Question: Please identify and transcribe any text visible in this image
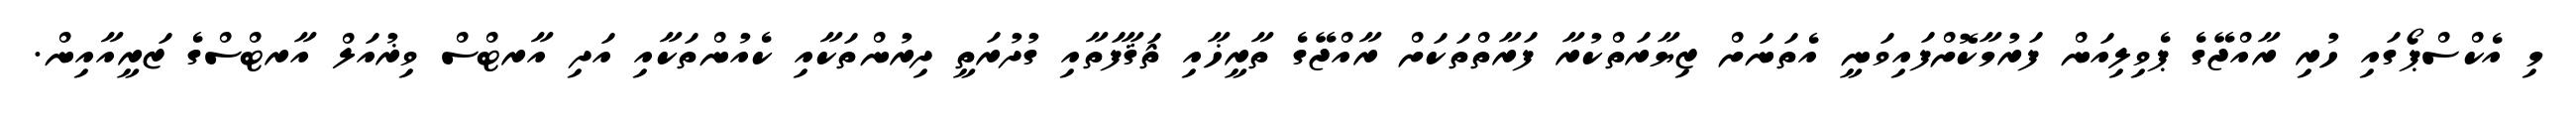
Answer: މި އެކްސްޕޯގައި ހުރި ރާއްޖޭގެ ޕެވިލިއަން ފަރުމާކޮށްފައިވަނީ އެތަނަށް ޒިޔާރަތްކުރާ ފަރާތްތަކަށް ރާއްޖޭގެ ތާރީޚާއި ޘަޤާފަތާއި ގުދުރަތީ ދިރުންތަކާއި ކެއުންތަކާއި އަދި އާރޓްސް ވިޜުއަލް އާރޓްސްގެ ޒަރީއާއިން.